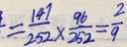
= \frac { 1 4 7 } { 2 5 2 } \times \frac { 9 6 } { 2 5 2 } = \frac { 2 } { 9 }